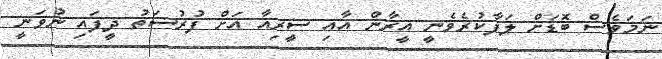
ނަމަވެސް ބޮޑަށް ލަފާކުރެވެނީ އީރާން އާއި ސީރިއާ އަށް ފުރުސަތު ދީފައި ނުވަނީ